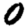
Digit: 0